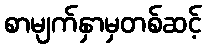
စာမျက်နှာမှတစ်ဆင့်